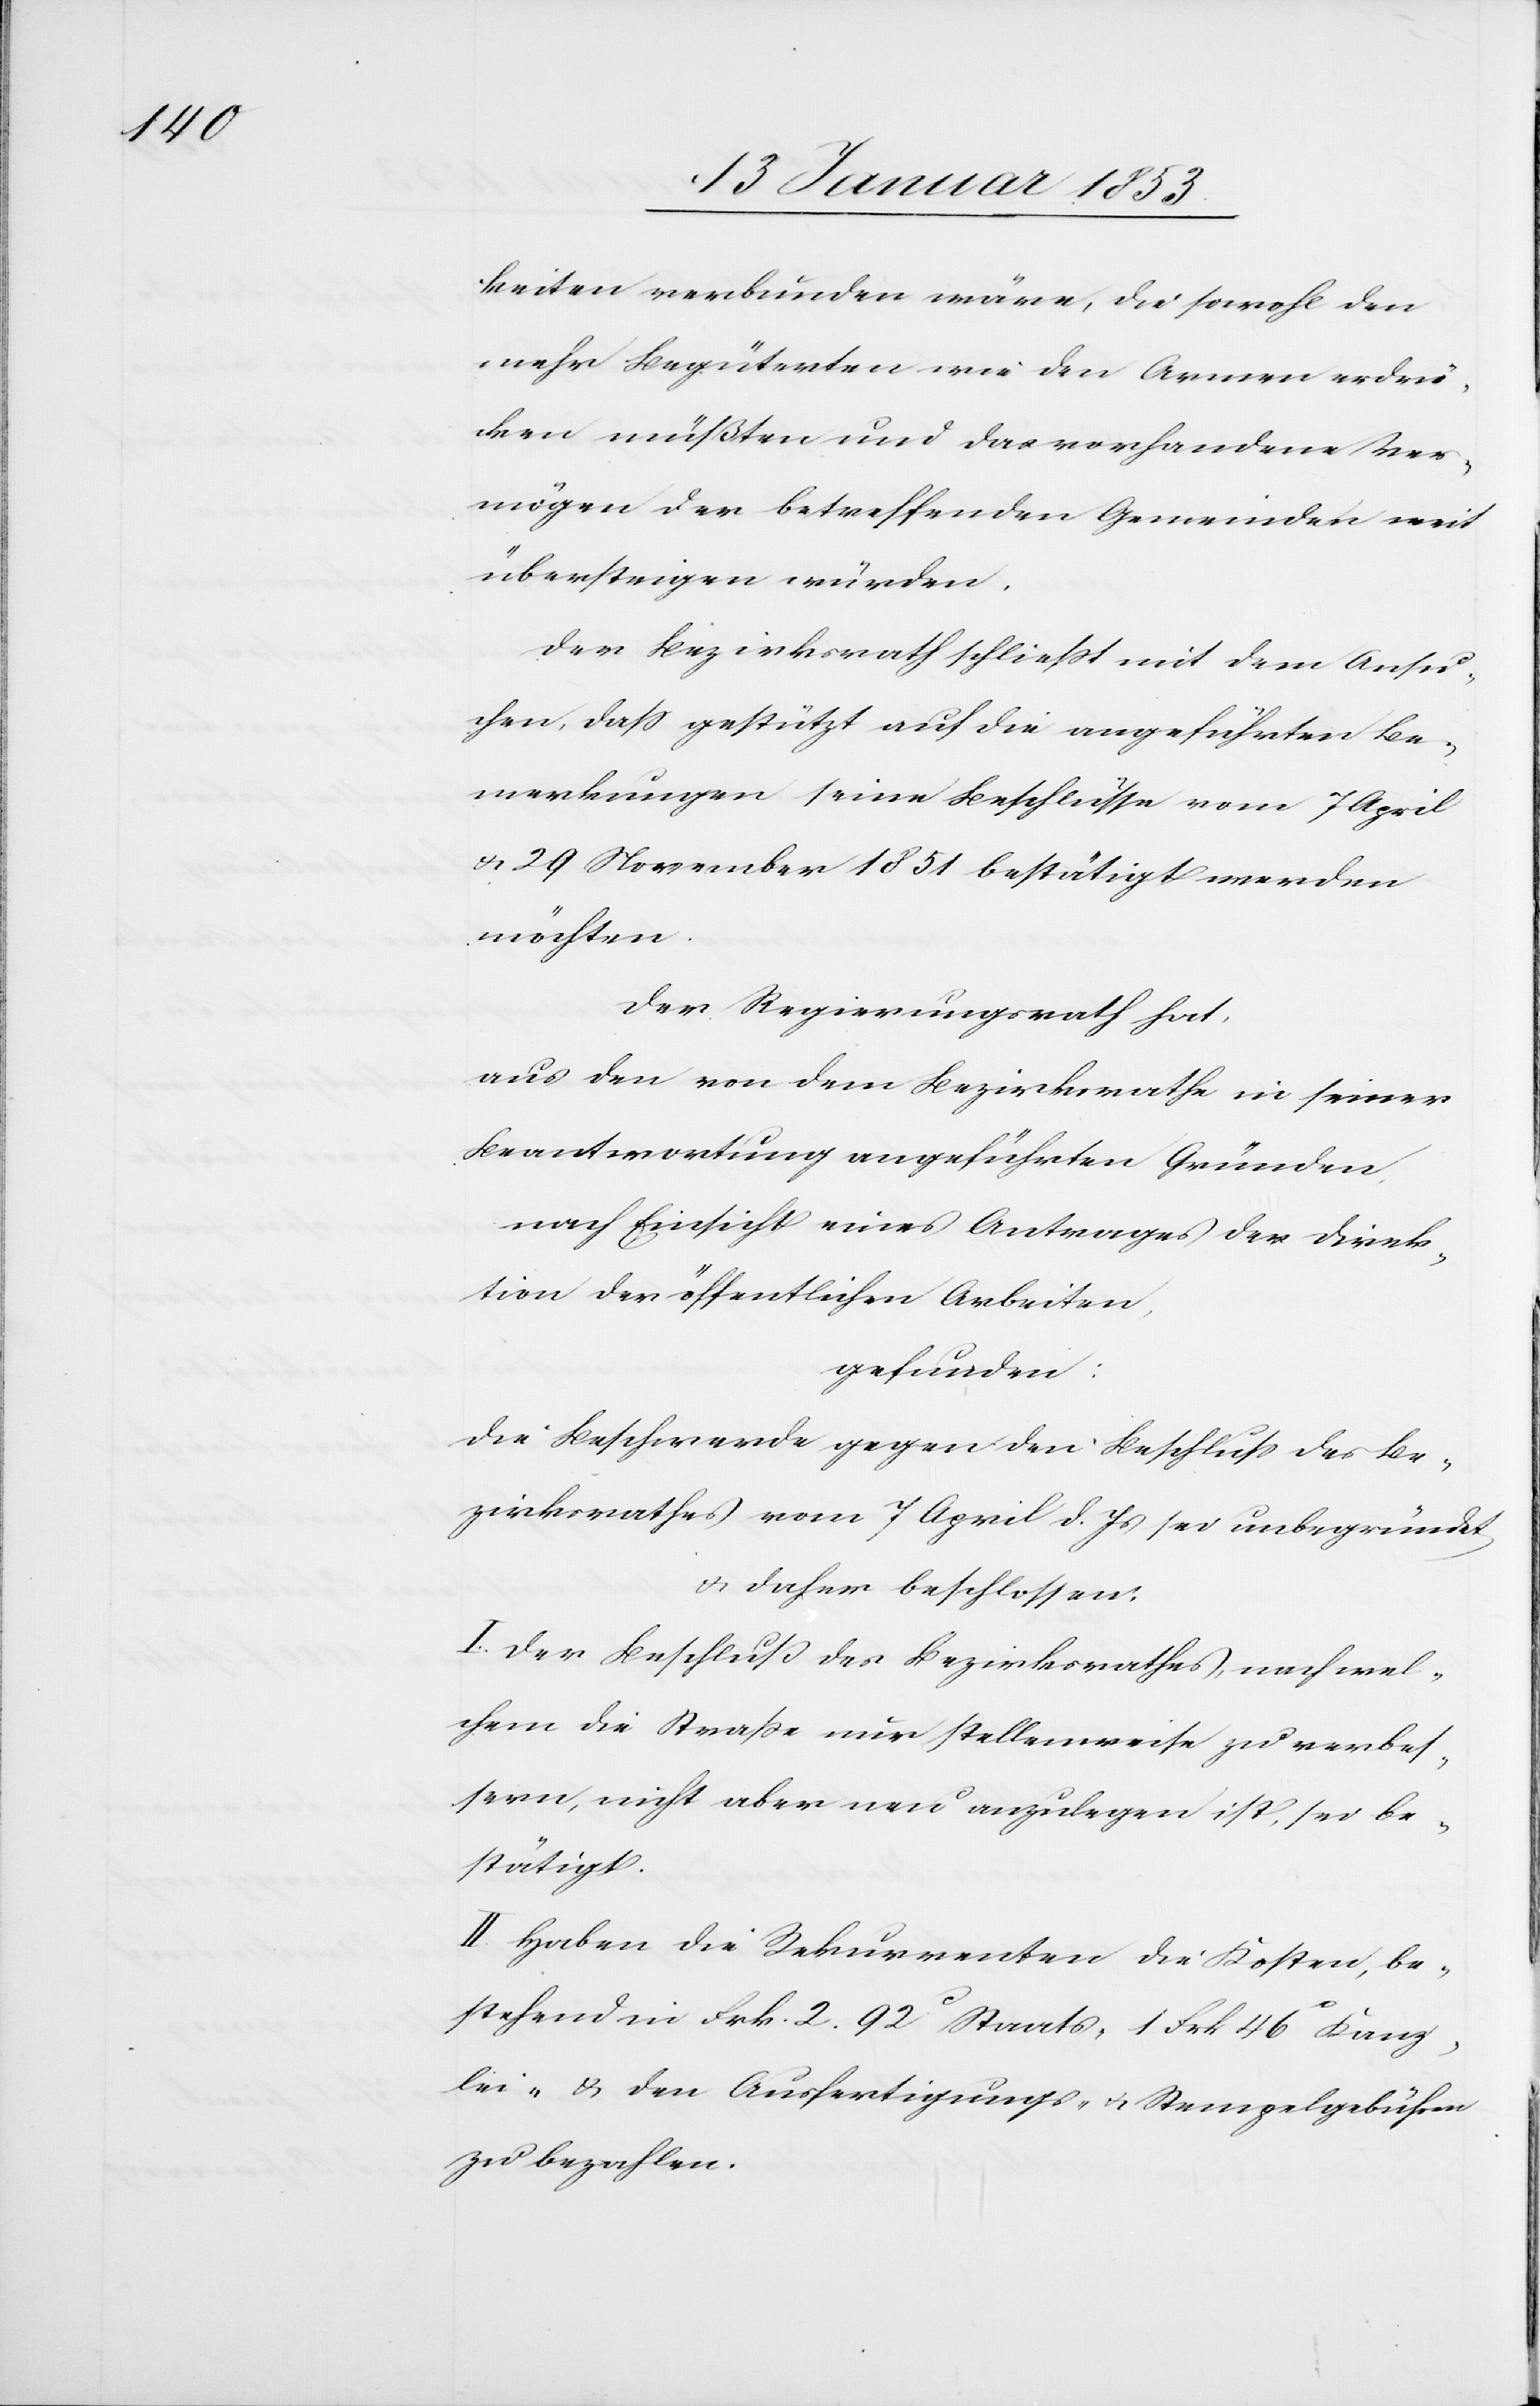
keiten verbunden wäre, die sowohl den
mehr Begüterten wie den Armen erdrü¬
cken müßten und das vorhandene Ver¬
mögen der betreffenden Gemeinden weit
übersteigen würden.
Der Bezirksrath schließt mit dem Ansu¬
chen, dass gestützt auf die angeführten Be¬
merkungen seine Beschlüsse vom 7 April
& 29 November 1851 bestätigt werden
möchten.
Der Regierungsrath hat,
aus den von dem Bezirksrathe in seiner
Beantwortung angeführten Gründen
nach Einsicht eines Antrages der Direk¬
tion der öffentlichen Arbeiten,
gefunden:
Die Beschwerde gegen den Beschluß des Be¬
zirksrathes vom 7 April d. Js. sei unbegründet
& daher beschlossen:
I. Der Beschluß des Bezirksrathes , nach wel¬
chem die Strasse nur stellenweise zu verbes¬
sern, nicht aber neu anzulegen ist, sei be¬
stätigt.
II. Haben die Rekurrenten die Kosten, be¬
stehend in Frk 2. 92 c Staats-[,] 1 Frk. 46 c Kanz¬
lei- u. den Ausfertigungs- u. Stempelgebühren
zu bezahlen.